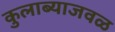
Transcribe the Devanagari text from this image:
कुलाब्याजवळ